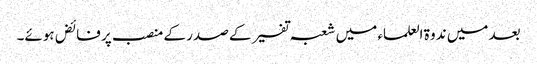
بعد میں ندوۃ العلماء میں شعبہ تفسیر کے صدر کے منصب پر فائض ہوئے۔